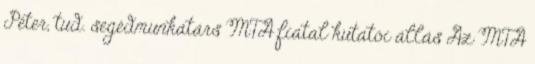
Péter, tud. segédmunkatárs MTA fiatal kutatói állás Az MTA